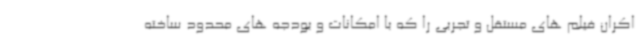
اکران فیلم های مستقل و تجربی را که با امکانات و بودجه های محدود ساخته